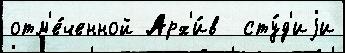
отм'е́ченной Арх'и́в  сту́д'иjи